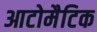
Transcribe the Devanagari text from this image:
आटोमैटिक